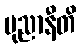
ပုညာနီတိ